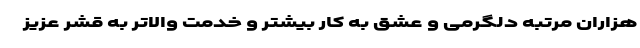
هزاران مرتبه دلگرمی و عشق به کار بیشتر و خدمت والاتر به قشر عزیز